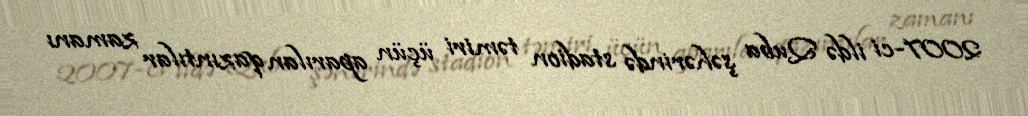
2007-ci ildə Quba şəhərində stadion təmiri üçün aparılan qazıntılar zamanı